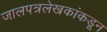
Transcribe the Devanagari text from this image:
जालपत्रलेखकांकडून